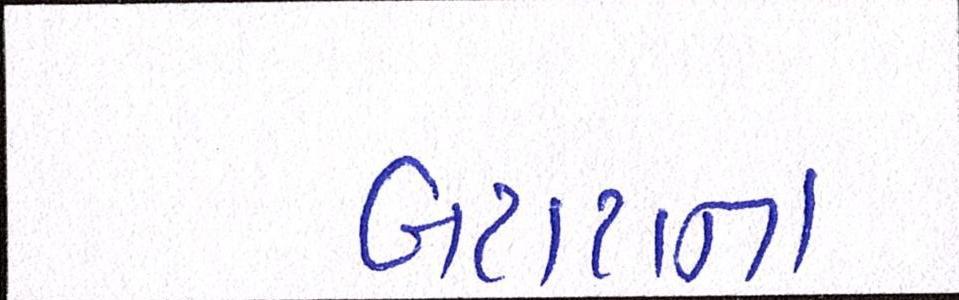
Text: બટાટાના